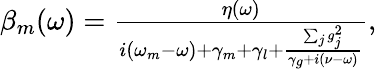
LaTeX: \begin{array}{r}{\beta_{m}(\omega)=\frac{\eta(\omega)}{i(\omega_{m}-\omega)+\gamma_{m}+\gamma_{l}+\frac{\sum_{j}g_{j}^{2}}{\gamma_{g}+i(\nu-\omega)}},}\end{array}